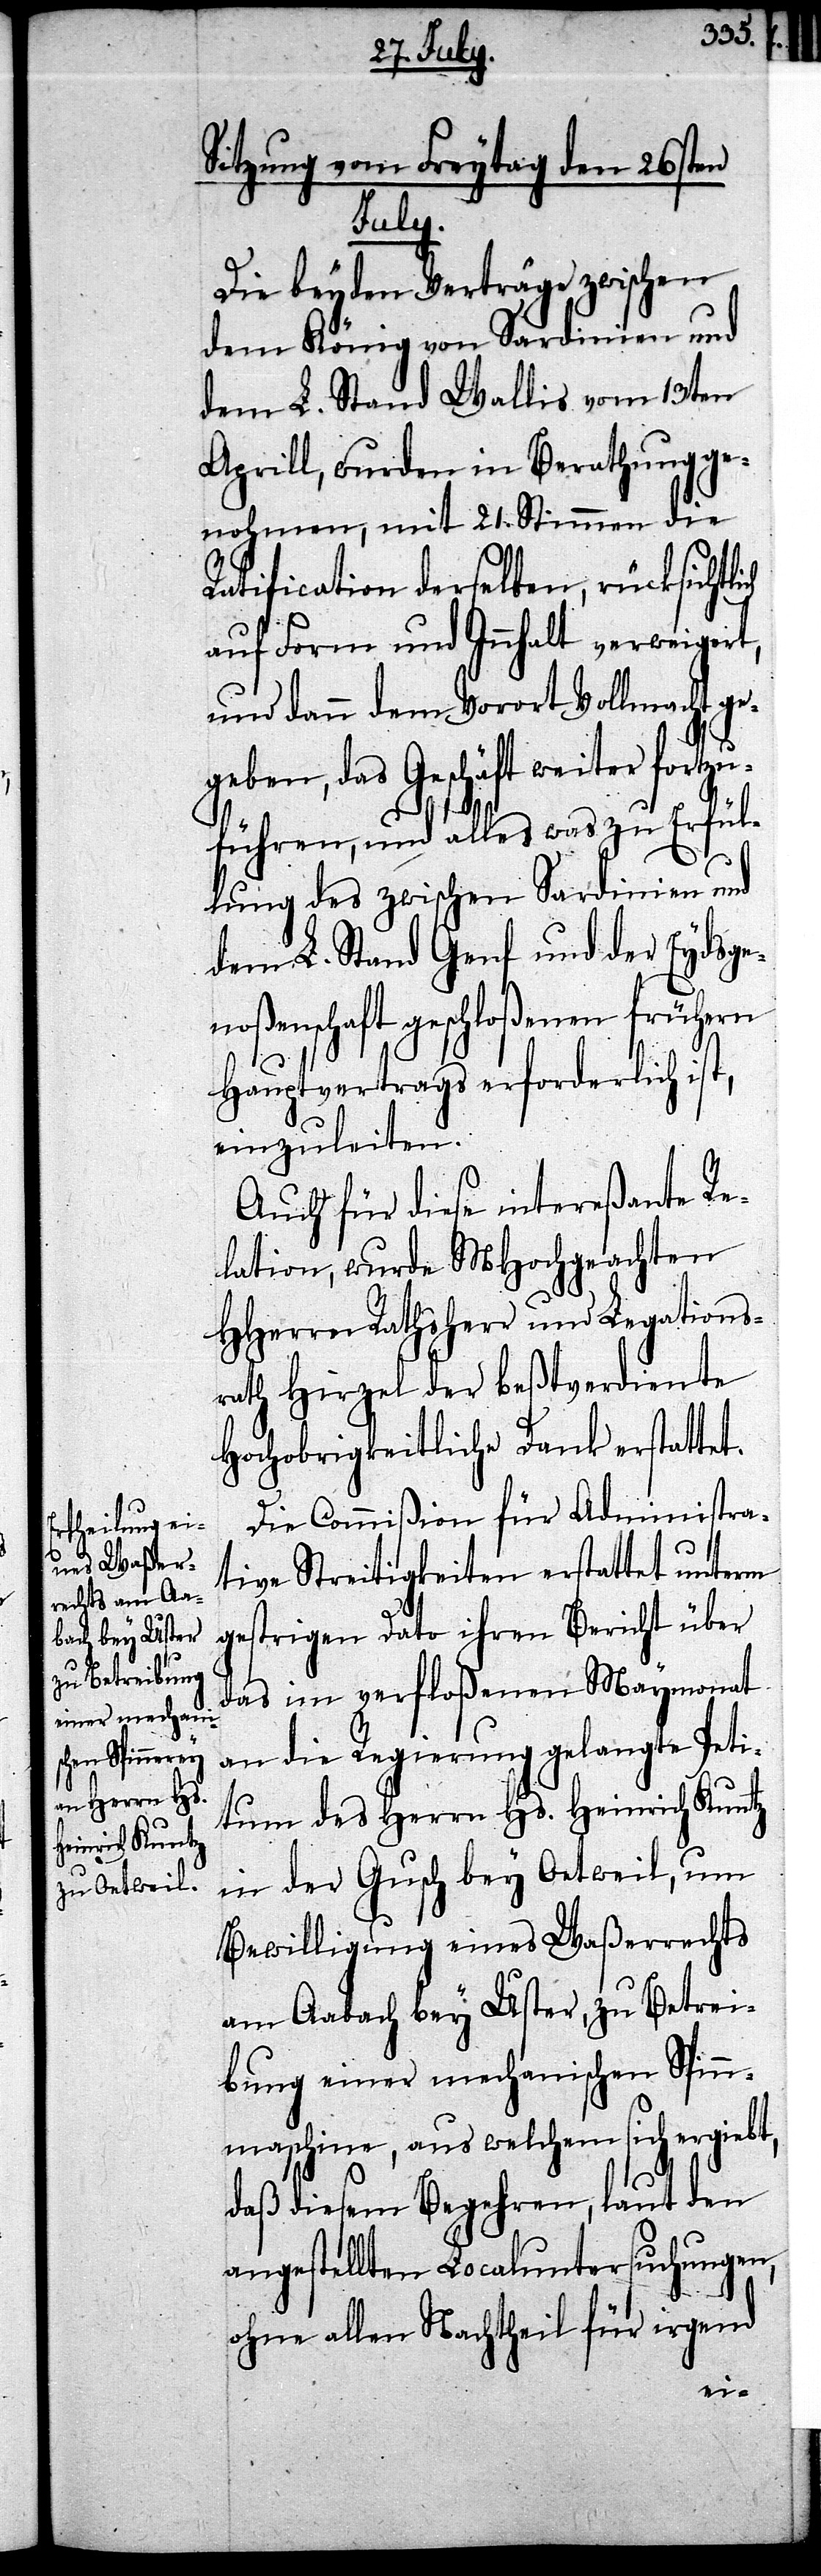
Sitzung vom Freytag den 26sten
fortzu¬
Die beyden Verträge zwischen
dem König von Sardinien und
dem L. Stand Wallis vom 13ten
Aprill, wurden in Berathung ge¬
nohmen, mit 21. Stimmen die
Ratification derselben, rücksichtl¬
auf Form und Innhalt verweigert,
und dann dem Vorort Vollmacht geg¬
eben, das Geschäft weiter
führen, und alles was zu Erfül¬
lung des zwischen Sardinien und
dem L. Stand Genf und der Eydsge¬
noßenschaft geschloßenen frühern
Hauptvertrags erforderlich ist,
einzuleiten.
Auch für diese intereßante Re¬
lation, wurde MHochgeachten
HHerrn Rathsherr und Legations¬
rath Hirzel der beßtverdiente
Hochobrigkeitliche Dank erstattet.
Die Commißion für Administra¬
tive Streitigkeiten erstattet unterm
gestrigen Dato ihren Bericht über
das ihm verfloßenen Maymonat
an die Regierung gelangte Peti¬
tum des Herrn Hs. Heinrich Kuntz
in der Gusch bei Oetweil, um
Bewilligung eines Waßerrechts
am Aabach bey Uster, zu Betrei¬
bung einer mechanischen Spinn¬
maschine, aus welchem sich ergiebt,
daß diesem Begehren, laut den
angestellten Localuntersuchungen,
ohne allen Nachtheil für irgend
ich